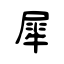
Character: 犀